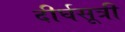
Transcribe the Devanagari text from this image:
दीर्घसूत्री